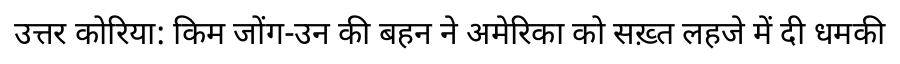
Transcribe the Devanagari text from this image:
उत्तर कोरिया: किम जोंग-उन की बहन ने अमेरिका को सख़्त लहजे में दी धमकी